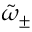
\tilde { \omega } _ { \pm }